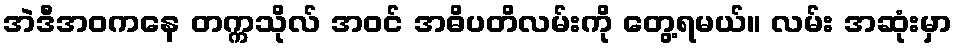
အဲဒီအဝကနေ တက္ကသိုလ် အဝင် အဓိပတိလမ်းကို တွေ့ရမယ်။ လမ်း အဆုံးမှာ